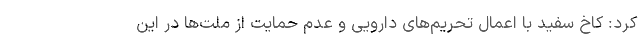
کرد: کاخ سفید با اعمال تحریم‌های دارویی و عدم حمایت از ملت‌ها در این